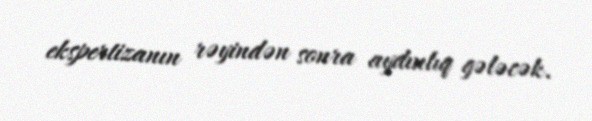
ekspertizanın rəyindən sonra aydınlıq gələcək.